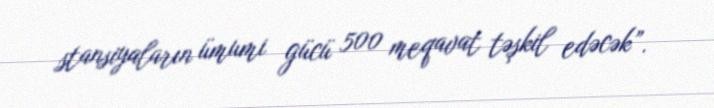
stansiyaların ümumi gücü 500 meqavat təşkil edəcək”.